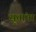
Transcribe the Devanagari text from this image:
सूतांना